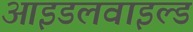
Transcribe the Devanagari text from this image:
आइडलवाइल्ड